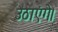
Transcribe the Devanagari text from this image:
उठाएंगे।